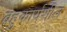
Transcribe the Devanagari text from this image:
बहुकार्यशील